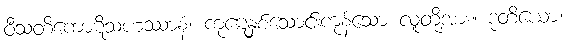
ဝီသတိကောဋိသဟဿာနံ၊ ကုဋေနှစ်သောင်းကုန်သော လူတို့အား။ ဒုတိယော၊